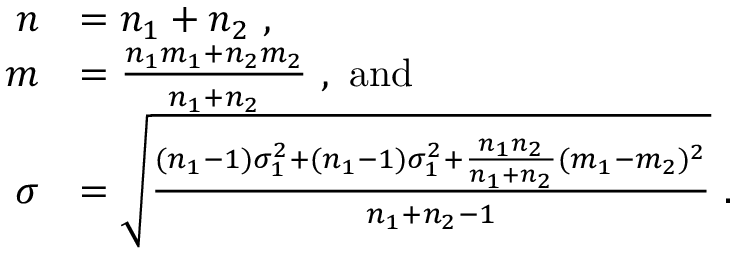
\begin{array} { r l } { n } & { = n _ { 1 } + n _ { 2 } \ , } \\ { m } & { = \frac { n _ { 1 } m _ { 1 } + n _ { 2 } m _ { 2 } } { n _ { 1 } + n _ { 2 } } \ , \ \mathrm { a n d } } \\ { \sigma } & { = \sqrt { \frac { ( n _ { 1 } - 1 ) \sigma _ { 1 } ^ { 2 } + ( n _ { 1 } - 1 ) \sigma _ { 1 } ^ { 2 } + \frac { n _ { 1 } n _ { 2 } } { n _ { 1 } + n _ { 2 } } ( m _ { 1 } - m _ { 2 } ) ^ { 2 } } { n _ { 1 } + n _ { 2 } - 1 } } \ . } \end{array}